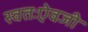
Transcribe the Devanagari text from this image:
स्वतःऐवजी